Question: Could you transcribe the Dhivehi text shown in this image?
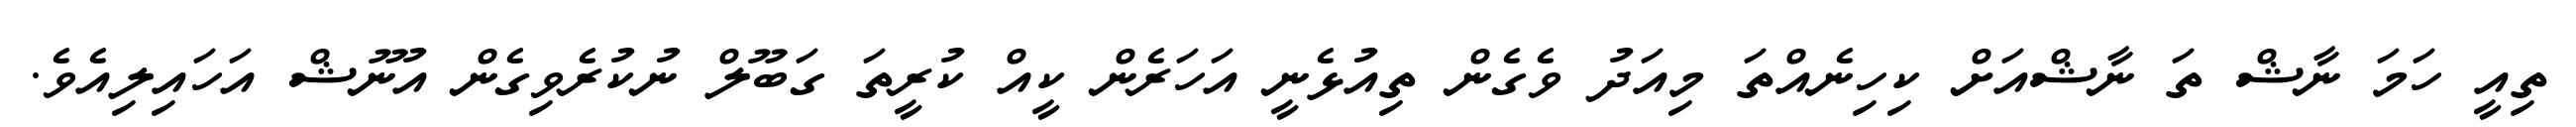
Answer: ތިއީ ހަމަ ނާޝް ތަ ނާޝްއަށް ކިހިނެއްތަ މިއަދު ވެގެން ތިއުޅެނީ އަހަރެން ކީއް ކުރީތަ ގަބޫލް ނުކުރެވިގެން އުނޫޝް އަހައިލިއެވެ.